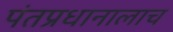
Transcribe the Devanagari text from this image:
पंतप्रधानालाच